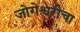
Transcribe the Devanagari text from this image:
जोगेश्वरीचा